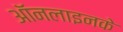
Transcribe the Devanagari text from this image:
ऑनलाइनके